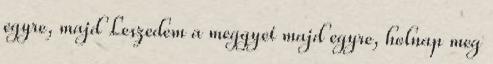
egyre, majd Leszedem a meggyet majd egyre, holnap meg